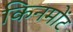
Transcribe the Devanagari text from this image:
किनमोंट